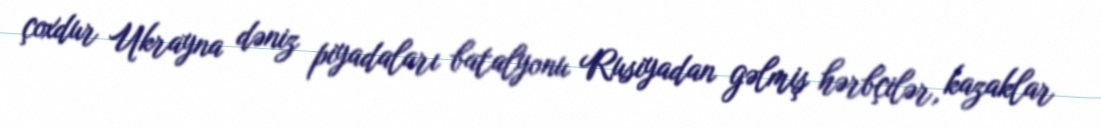
çoxdur Ukrayna dəniz piyadaları batalyonu Rusiyadan gəlmiş hərbçilər, kazaklar